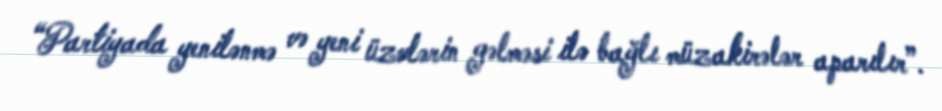
“Partiyada yenilənmə və yeni üzvlərin gəlməsi ilə bağlı müzakirələr aparılır”.